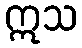
ဣသ